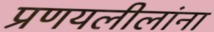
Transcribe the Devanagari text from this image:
प्रणयलीलांना